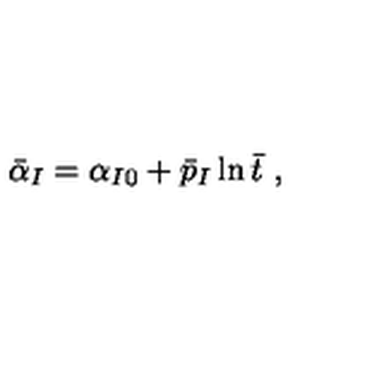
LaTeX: \bar { \alpha } _ { I } = \alpha _ { I 0 } + \bar { p } _ { I } \ln \bar { t } \ ,